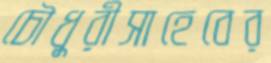
চৌধুরীসাহেবের